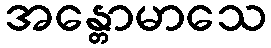
အန္တောမာသေ